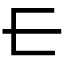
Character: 𰀂